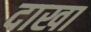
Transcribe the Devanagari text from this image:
दाखा